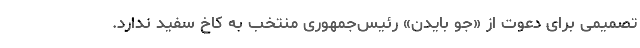
تصمیمی برای دعوت از «جو بایدن» رئیس‌جمهوری منتخب به کاخ سفید ندارد.